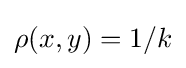
\rho (x,y)=1/k